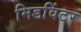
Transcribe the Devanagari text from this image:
मिडविंटर